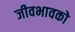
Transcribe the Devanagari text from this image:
जीवभावको